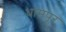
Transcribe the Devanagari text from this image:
धामपूर